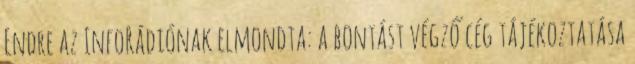
Endre az InfoRádiónak elmondta: a bontást végző cég tájékoztatása